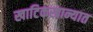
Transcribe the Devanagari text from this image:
खाटिकखान्यात